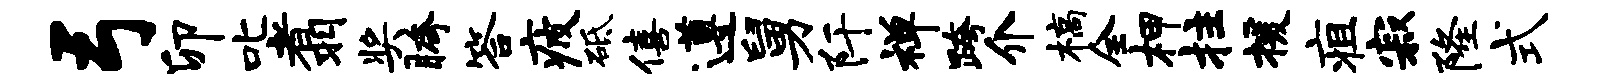
弓卯叱翥奖胯答疲砥僖遵舅阡禅跨介槁全柙拄援疽寂隆式